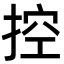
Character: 控